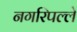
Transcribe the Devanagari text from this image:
नगरिपल्ले